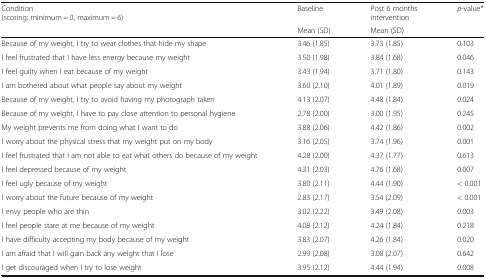
<table><thead><tr><td rowspan="2"><b>Condition (scoring: minimum = 0, maximum = 6)</b></td><td><b>Baseline</b></td><td><b>Post 6 months intervention</b></td><td rowspan="2"><b><i>p</i>-value*</b></td></tr><tr><td><b>Mean (SD)</b></td><td><b>Mean (SD)</b></td></tr></thead><tbody><tr><td>Because of my weight, I try to wear clothes that hide my shape</td><td>3.46 (1.85)</td><td>3.73 (1.85)</td><td>0.103</td></tr><tr><td>I feel frustrated that I have less energy because my weight</td><td>3.50 (1.98)</td><td>3.84 (1.68)</td><td>0.046</td></tr><tr><td>I feel guilty when I eat because of my weight</td><td>3.43 (1.94)</td><td>3.71 (1.80)</td><td>0.143</td></tr><tr><td>I am bothered about what people say about my weight</td><td>3.60 (2.10)</td><td>4.01 (1.89)</td><td>0.019</td></tr><tr><td>Because of my weight, I try to avoid having my photograph taken</td><td>4.13 (2.07)</td><td>4.48 (1.84)</td><td>0.024</td></tr><tr><td>Because of my weight, I have to pay close attention to personal hygiene</td><td>2.78 (2.00)</td><td>3.00 (1.95)</td><td>0.245</td></tr><tr><td>My weight prevents me from doing what I want to do</td><td>3.88 (2.06)</td><td>4.42 (1.86)</td><td>0.002</td></tr><tr><td>I worry about the physical stress that my weight put on my body</td><td>3.16 (2.05)</td><td>3.74 (1.96)</td><td>0.001</td></tr><tr><td>I feel frustrated that I am not able to eat what others do because of my weight</td><td>4.28 (2.00)</td><td>4.37 (1.77)</td><td>0.613</td></tr><tr><td>I feel depressed because of my weight</td><td>4.31 (2.03)</td><td>4.76 (1.68)</td><td>0.007</td></tr><tr><td>I feel ugly because of my weight</td><td>3.80 (2.11)</td><td>4.44 (1.90)</td><td>&lt; 0.001</td></tr><tr><td>I worry about the future because of my weight</td><td>2.83 (2.17)</td><td>3.54 (2.09)</td><td>&lt; 0.001</td></tr><tr><td>I envy people who are thin</td><td>3.02 (2.22)</td><td>3.49 (2.08)</td><td>0.003</td></tr><tr><td>I feel people stare at me because of my weight</td><td>4.08 (2.12)</td><td>4.24 (1.84)</td><td>0.218</td></tr><tr><td>I have difficulty accepting my body because of my weight</td><td>3.83 (2.07)</td><td>4.26 (1.84)</td><td>0.020</td></tr><tr><td>I am afraid that I will gain back any weight that I lose</td><td>2.99 (2.08)</td><td>3.08 (2.07)</td><td>0.642</td></tr><tr><td>I get discouraged when I try to lose weight</td><td>3.95 (2.12)</td><td>4.44 (1.94)</td><td>0.008</td></tr></tbody></table>